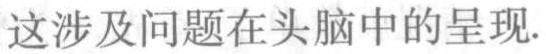
这涉及问题在头脑中的呈现.